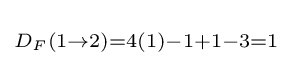
\scriptstyle D_{F}(1\rightarrow 2)=4(1)-1+1-3=1